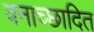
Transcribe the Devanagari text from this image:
वनाच्‍छादित